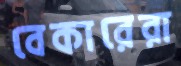
বেকারেরা